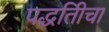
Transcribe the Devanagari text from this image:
पद्धतिीचा